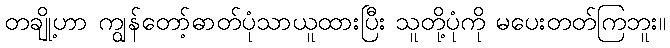
တချို့ဟာ ကျွန်တော့်ဓာတ်ပုံသာယူထားပြီး သူတို့ပုံကို မပေးတတ်ကြဘူး။